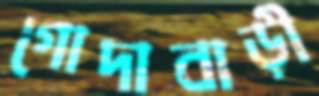
গোদাবাড়ী